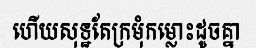
ហើយសុទ្ឋតែក្រមុំកម្លោះដូចគ្នា